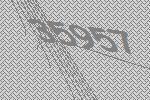
35957